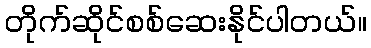
တိုက်ဆိုင်စစ်ဆေးနိုင်ပါတယ်။